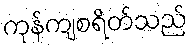
ကုန်ကျစရိတ်သည်